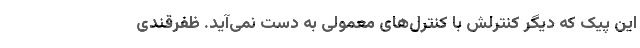
این پیک که دیگر کنترلش با کنترل‌های معمولی به دست نمی‌آید. ظفرقندی